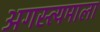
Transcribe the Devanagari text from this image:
अगस्त्यमाला